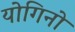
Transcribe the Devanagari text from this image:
योगिनो